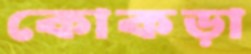
কোকড়া